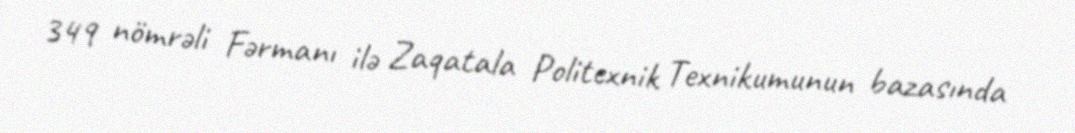
349 nömrəli Fərmanı ilə Zaqatala Politexnik Texnikumunun bazasında